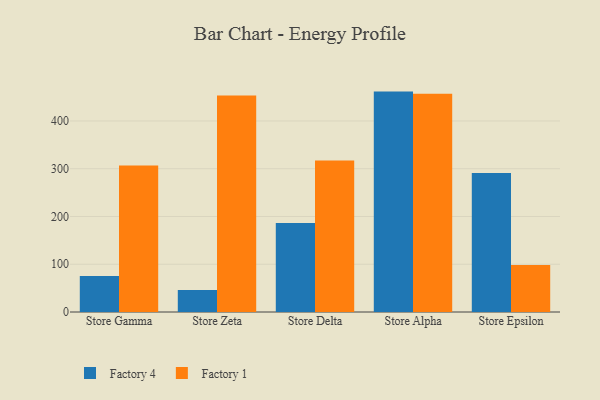
{"axis": {"x": "Store", "y": "Shipments"}, "legend": ["Factory 1", "Factory 4"], "data": [{"x": "Store Gamma", "y": 75.2, "type": "Factory 4"}, {"x": "Store Gamma", "y": 307.0, "type": "Factory 1"}, {"x": "Store Zeta", "y": 46.0, "type": "Factory 4"}, {"x": "Store Zeta", "y": 453.4, "type": "Factory 1"}, {"x": "Store Delta", "y": 186.1, "type": "Factory 4"}, {"x": "Store Delta", "y": 317.0, "type": "Factory 1"}, {"x": "Store Alpha", "y": 461.5, "type": "Factory 4"}, {"x": "Store Alpha", "y": 456.9, "type": "Factory 1"}, {"x": "Store Epsilon", "y": 290.8, "type": "Factory 4"}, {"x": "Store Epsilon", "y": 98.6, "type": "Factory 1"}]}